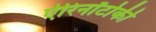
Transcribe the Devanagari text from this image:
ऐरिनॉटोकी